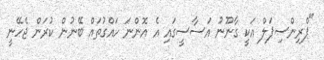
"ޕްރިންސިޕަލް އަކީ ގާނޫނު އަސާސީގައި އެ އޮންނަ ހައްގުތައް ބޭނުން ކުރަން ޖެހޭނީ